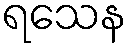
ရသေန